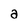
Character: a